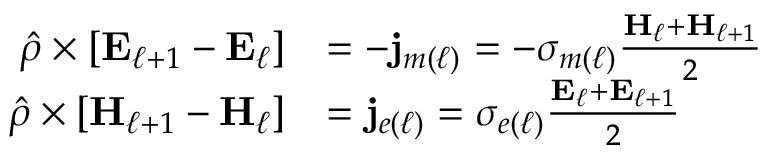
\begin{array} { r l } { \hat { \rho } \times \left[ \mathbf { E } _ { \ell + 1 } - \mathbf { E } _ { \ell } \right] } & { = - \mathbf { j } _ { m ( \ell ) } = - \sigma _ { m ( \ell ) } \frac { \mathbf { H } _ { \ell } + \mathbf { H } _ { \ell + 1 } } { 2 } } \\ { \hat { \rho } \times \left[ \mathbf { H } _ { \ell + 1 } - \mathbf { H } _ { \ell } \right] } & { = \mathbf { j } _ { e ( \ell ) } = \sigma _ { e ( \ell ) } \frac { \mathbf { E } _ { \ell } + \mathbf { E } _ { \ell + 1 } } { 2 } } \end{array}